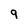
Character: 9